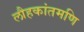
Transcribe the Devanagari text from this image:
लौहकांतमणि